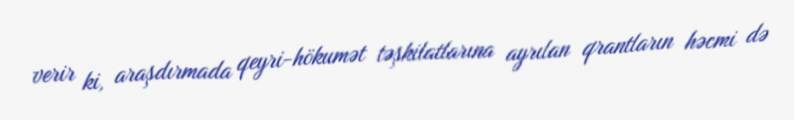
verir ki, araşdırmada qeyri-hökumət təşkilatlarına ayrılan qrantların həcmi də